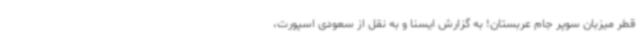
قطر میزبان سوپر جام عربستان! به گزارش ایسنا و به نقل از سعودی اسپورت،